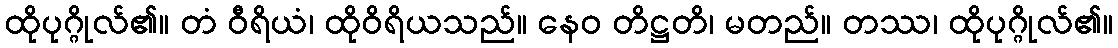
ထိုပုဂ္ဂိုလ်၏။ တံ ဝီရိယံ၊ ထိုဝိရိယသည်။ နေဝ တိဋ္ဌတိ၊ မတည်။ တဿ၊ ထိုပုဂ္ဂိုလ်၏။